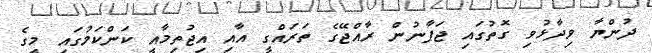
ދުންޔާ ވިދާޅުވި ގޮތުގައި ޖަޕާނުން ރާއްޖޭގެ ތަރައްގީ އާއި އިޖުތިމާއީ ކަންކަމުގައި މީގެ